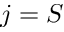
j = S